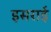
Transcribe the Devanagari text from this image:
इसराई